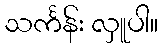
သင်္ကန်း လှူပါ။